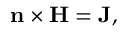
\begin{array} { r } { \mathbf { n } \times \mathbf { H } = \mathbf { J } , } \end{array}